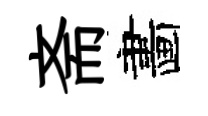
斋畵